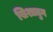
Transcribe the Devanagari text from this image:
खिशातुन